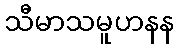
သီမာသမူဟနန